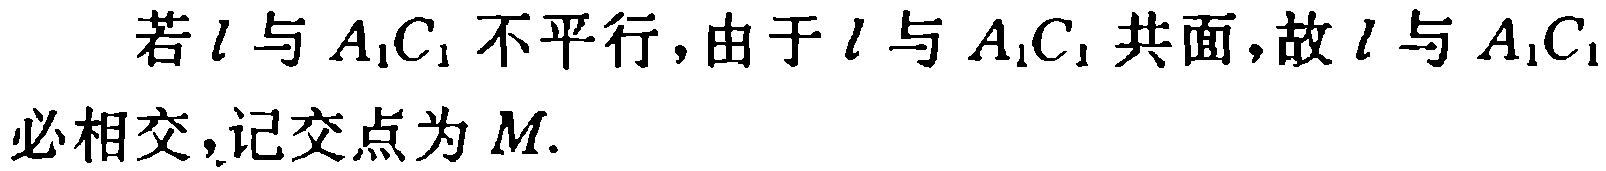
若\(l\)与\(A_{1}C_{1}\)不平行，由于\(l\)与\(A_{1}C_{1}\)共面，故\(l\)与\(A_{1}C_{1}\)必相交，记交点为\(M\).